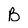
Character: B